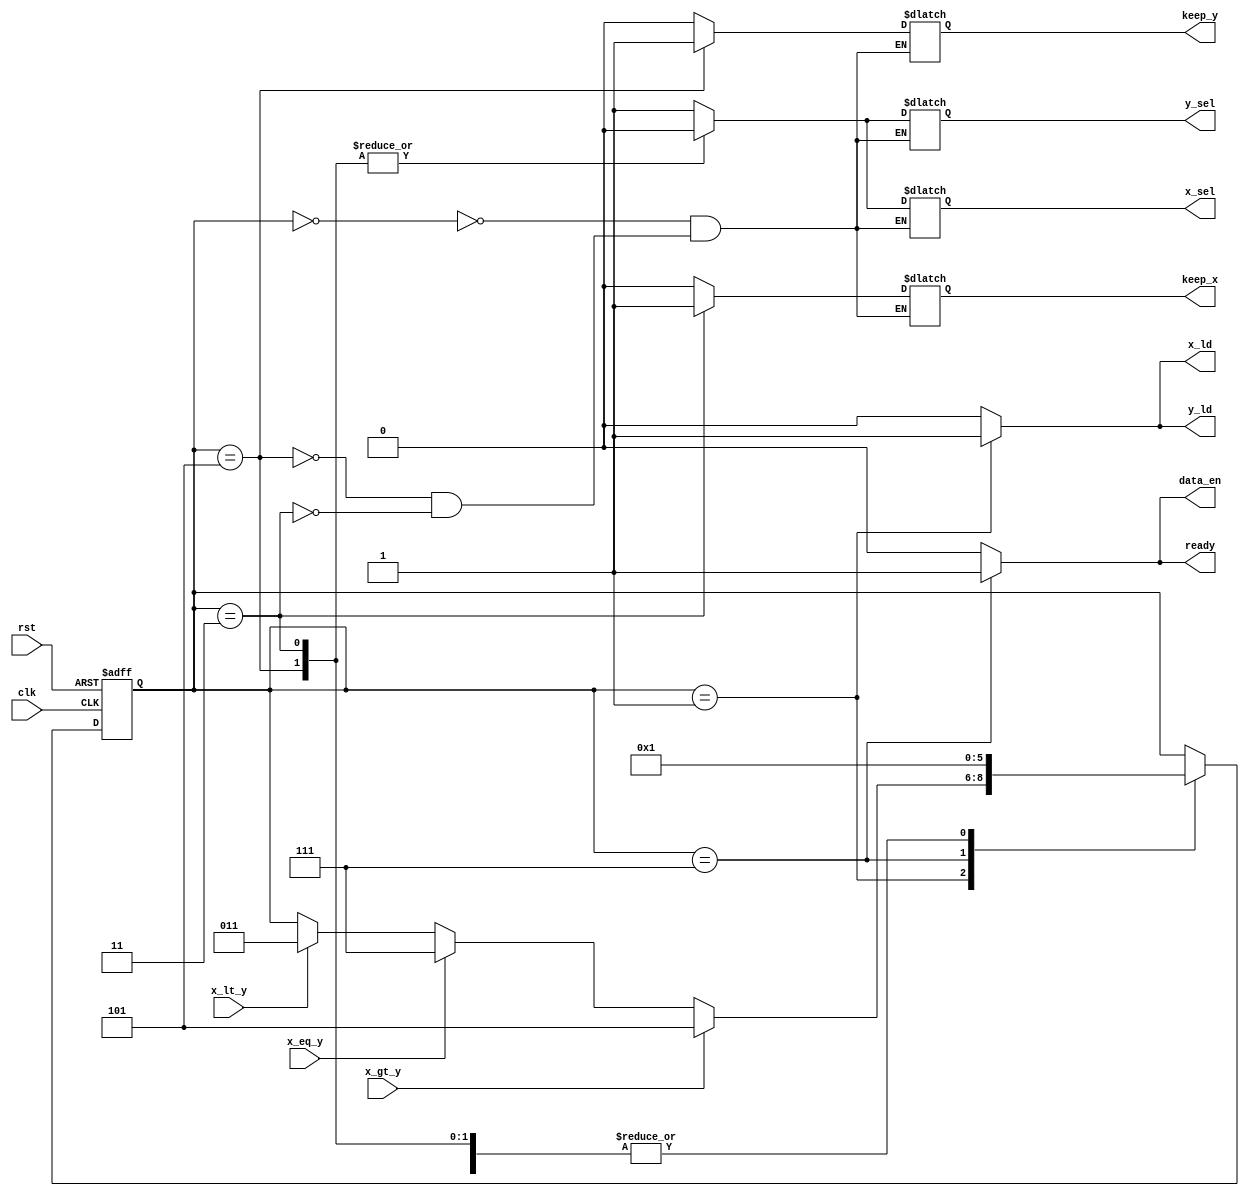
module gcd_fsm (
    input x_eq_y, x_gt_y, x_lt_y, clk, rst,
    output reg data_en, x_sel, y_sel, keep_x, keep_y, x_ld, y_ld, ready
);


parameter [2:0] 
START = 3'b000, 
LOAD = 3'b001, 
X_GT_Y = 3'b101, 
X_EQ_Y = 3'b111, 
X_LT_Y = 3'b011;


reg [2:0] state, next;

always @(posedge clk or posedge rst) begin
    if (rst) begin
        state <= START;
        end
    else state <= next;
end

always @(x_eq_y or x_gt_y or x_lt_y or state) begin
    next = state; 

    case(state)
    
    START : begin
        next = LOAD;
    end
    
    LOAD : begin
        if (x_gt_y) next = X_GT_Y;
        else if (x_eq_y) next = X_EQ_Y;
        else if (x_lt_y) next = X_LT_Y;
    end

    X_GT_Y : begin
        next = LOAD;
    end

     X_EQ_Y : begin
        next = START;
    end

     X_LT_Y : begin
        next = LOAD;
    end
    
    endcase
end

always @(state) begin
    ready = 0; x_ld = 0; y_ld = 0; data_en = 0;
    case(state)
    
    START : begin
        x_sel = 1;
        y_sel = 1;
        keep_x = 0;
        keep_y = 0;
    end
    
    LOAD : begin
        x_ld = 1;
        y_ld = 1;
    end

    X_GT_Y : begin
        x_sel = 0;
        y_sel = 0;
        keep_x = 0;
        keep_y = 1;
    end

     X_EQ_Y : begin
        data_en = 1;
        ready = 1;
    end

     X_LT_Y : begin
        x_sel = 0;
        y_sel = 0;
        keep_x = 1;
        keep_y = 0;
    end
    endcase
end
    
endmodule